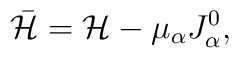
\bar{{\cal H}}={\cal H}-\mu_{\alpha} J_{\alpha}^0,